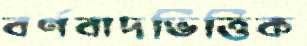
বর্ণবাদভিত্তিক